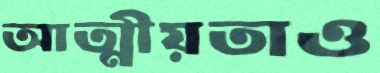
আত্মীয়তাও